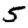
Digit: 5